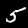
Label: 5